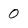
Character: 0